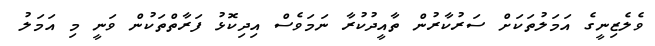
ވެލެޒިނީގެ އަމަލުތަކަށް ސަރުކާރުން ތާއީދުކުރާ ނަމަވެސް އިދިކޮޅު ފަރާތްތަކުން ވަނީ މި އަމަލު